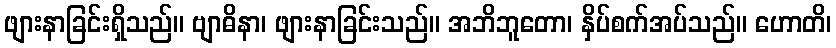
ဖျားနာခြင်းရှိသည်။ ဗျာဓိနာ၊ ဖျားနာခြင်းသည်။ အဘိဘူတော၊ နှိပ်စက်အပ်သည်။ ဟောတိ၊